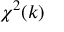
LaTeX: \chi ^ { 2 } ( k )